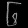
Digit: ၆